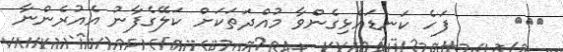
١٧٤     ފަހެ ކަނޑައެޅިގެންވާ މުއްދަތަކަށް ކަލޭގެފާނު އެއުރެންނާ